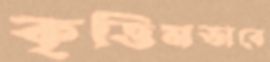
কৃত্তিমভাবে